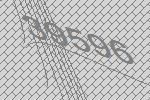
39596